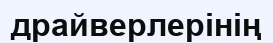
драйверлерінің